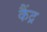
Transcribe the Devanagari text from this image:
कैंद्र